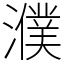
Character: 濮